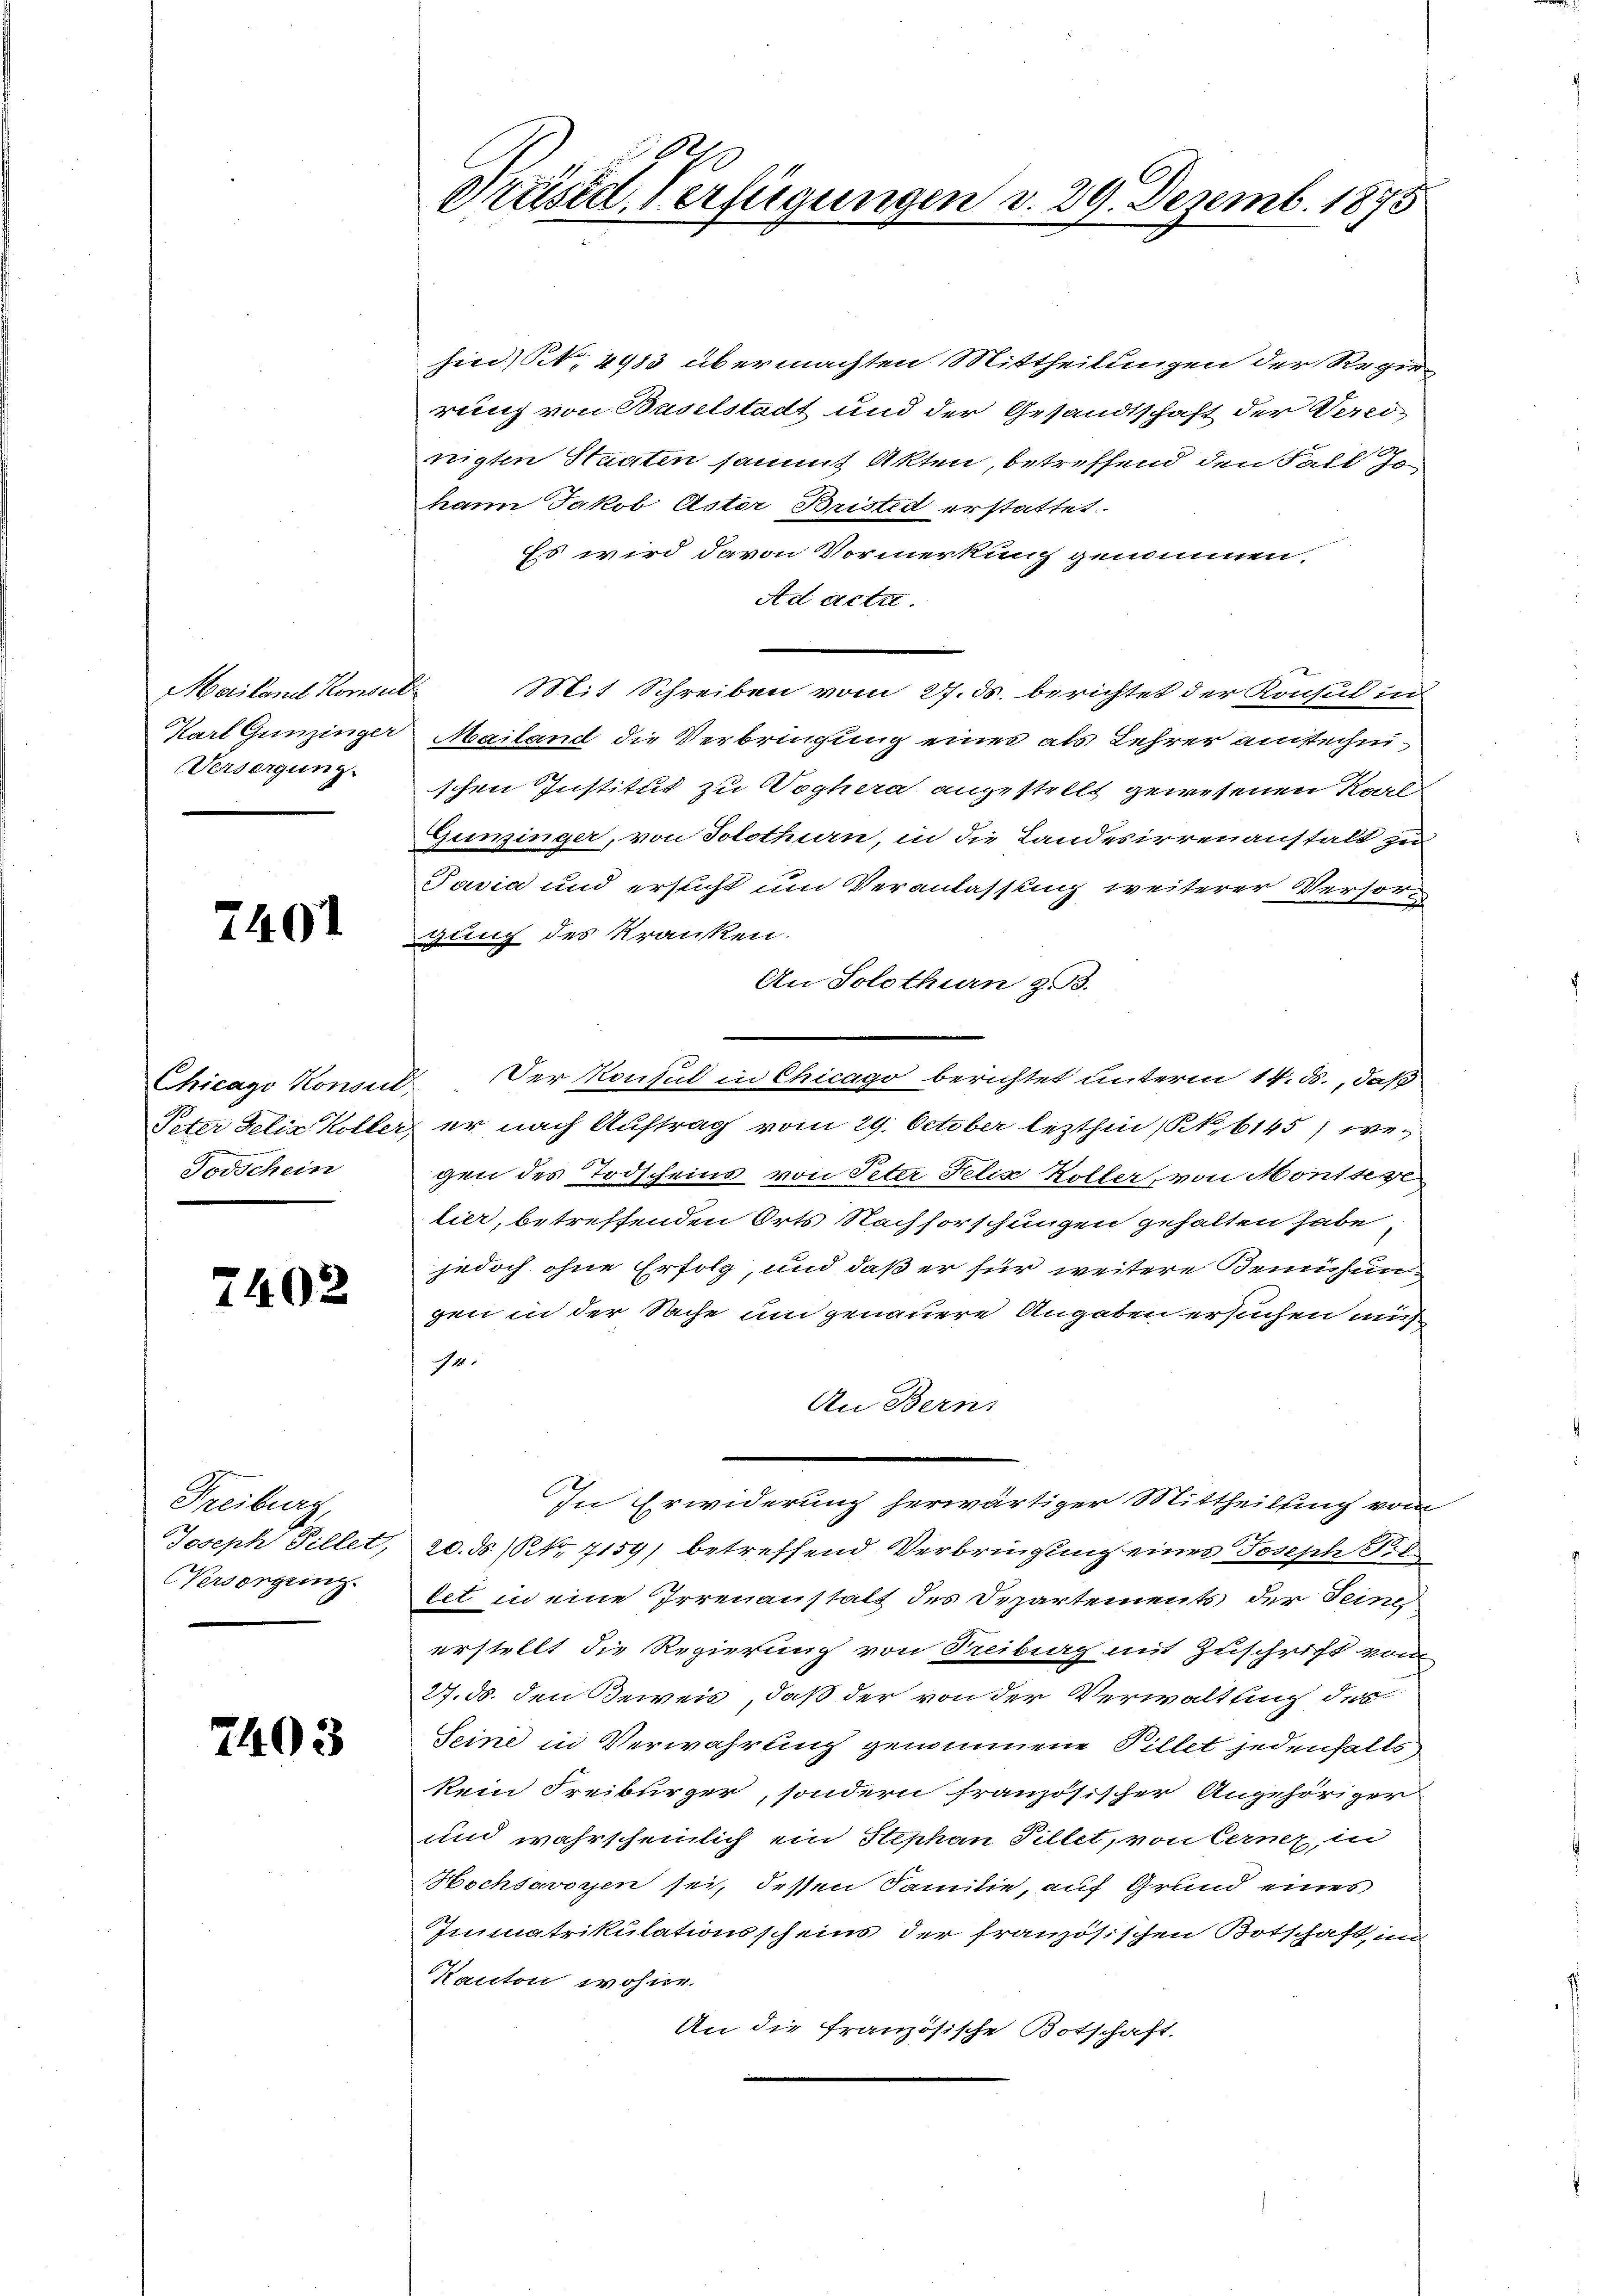
Versorgung.

7401

Todschein

2402.

Freiburg,
Versorgung.

7403

Präsid. Verfügungen d. 29. Dezemb. 1875

sind, N. 4983 übermachten Mittheilungen der Regie
rung von Baselstadt und der Gesandtschaft der Vereinigten Staaten sammt Akten, betreffend den Fall Jo
hann Jakob Aster Bristed erstattet.
Es wird davon Vormerkung genommen.
Ad acta.
Mailand Konsuls Mit Schreiben vom 27. ds. berichtet der Konsul in
Karl Gunzinger Mailand die Verbringung eines als Lehrer anstechnischen Institut zu Woghera angestellt gewesenen Koal
Gunzinger, von Solothurn, in die Landesirrenanstalt zu
Pasia und ersucht um Veranlassung weiterer Versorgung des Kranken.
An Solothurn z. B.
Chicago Konond. Der Konsul in Chicago berichtet unterm 14. ds., daß
Peter Felix Koller, er nach Auftrag vom 29. October lezthin (N. 6145) wegen des Todscheins von Peter Felix Koller, von Montse
lier, betreffenden Orts Nachforschungen gehalten habe
jedoch ohne Erfolg, und daß er für weitere Bemühun
gen in der Sache und genauere Angaben ersuchen mit¬
4.
An Bern
In Erwiderung herwärtiger Mittheilung vom
Joseph Pillet, 20. ds. (Nr. 7159) betreffend Verbringung eines Joseph P.
let in eine Irrenanstalt des Departements der Seines
erstellt die Regierung von Freiberg mit Zuschrift vom
27. ds. den Beweis, daß der von der Verwaltung des
Seine in Verwahrung genommene Pillet jedenfalls
kein Freiburger, sondern französischer Angehöriger
und wahrscheinlich ein Stephan Pillet, von Cerner, in
Hochsavoyen sei, dessen Familie, auf Grund eines
Immatrikulationsscheins der französischen Botschaft im
Kanton wohne.
An die französische Botschaft.